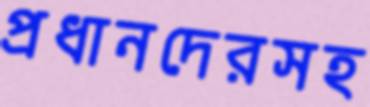
প্রধানদেরসহ